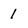
Character: 1